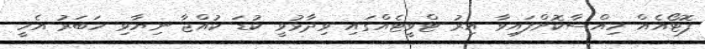
ފޮޓޯއެއް ހިއްސާކޮށްފައިވާ އިރު ޓްވީޓެއްގައި ވިދާޅުވީ ކުޑަ ކުއްޖާ ނިޔާވި ހަބަރު އެހީ